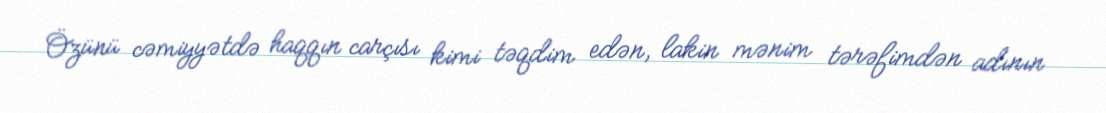
Özünü cəmiyyətdə haqqın carçısı kimi təqdim edən, lakin mənim tərəfimdən adının